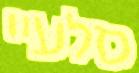
סלעיי